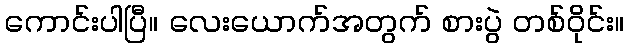
ကောင်းပါပြီ။ လေးယောက်အတွက် စားပွဲ တစ်ဝိုင်း။